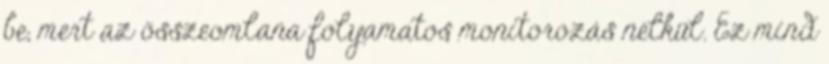
be, mert az összeomlana folyamatos monitorozás nélkül. Ez mind